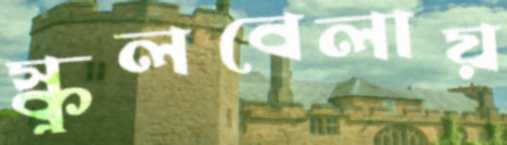
স্কুলবেলায়